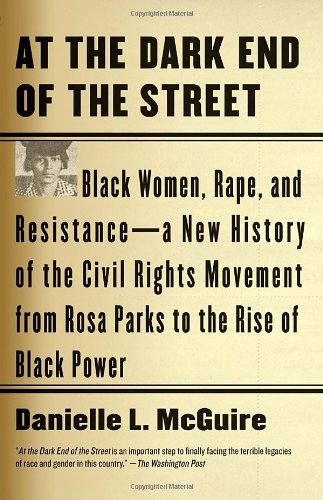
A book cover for At the Dark End of the Street: Black Women, Rape, and Resistance--A New History of the Civil Rights Movement from Rosa Parks to the Rise of Black Power; Danielle L. McGuire; History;